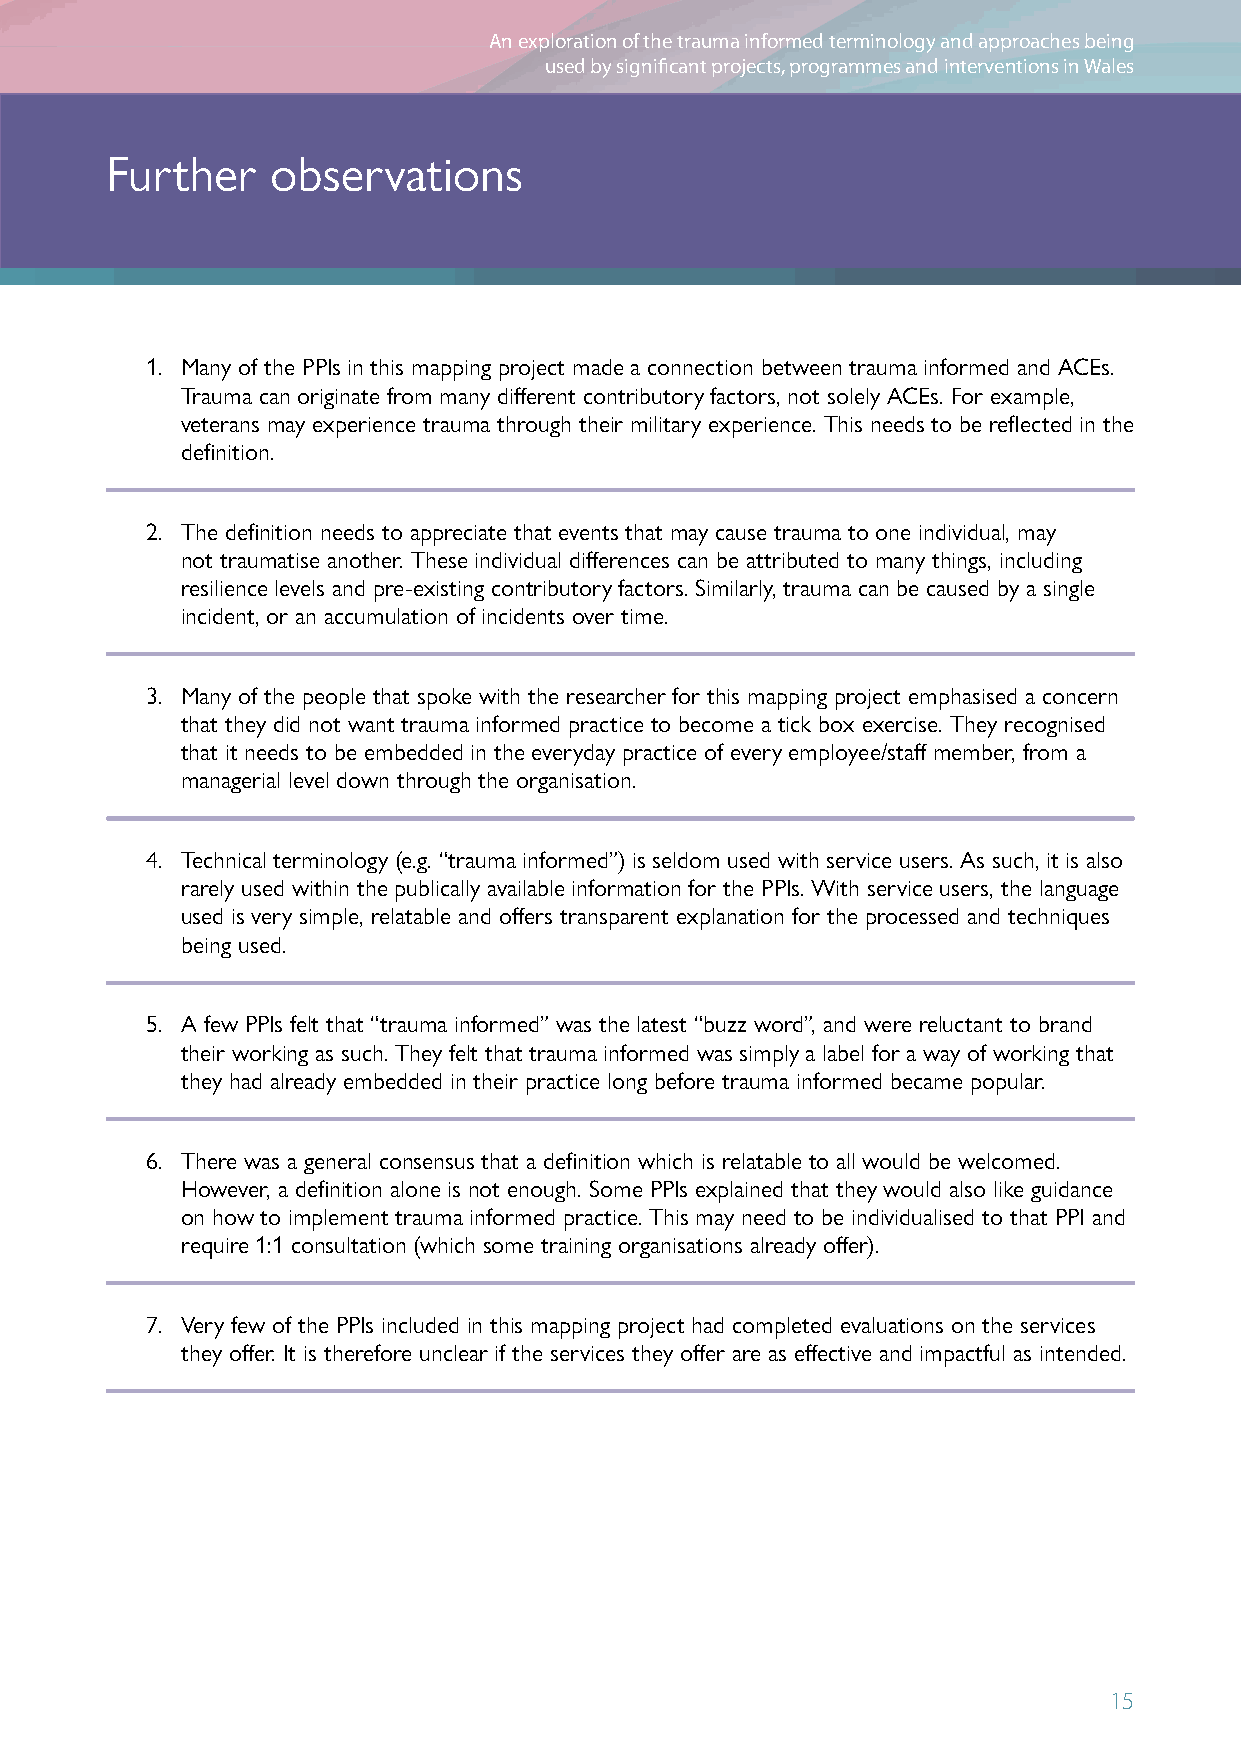
An exploration of the trauma informed terminology and approaches being
 Uncharted Territory Review
 used by significant projects, programmes and interventions in Wales
 Further    observations
 1. M any of the PPIs in this mapping project made a connection between trauma informed and ACEs.
 Trauma can originate from many different contributory factors, not solely ACEs. For example,
 veterans may experience trauma through their military experience. This needs to be reflected in the
 definition.
 2. T he definition needs to appreciate that events that may cause trauma to one individual, may
 not traumatise another. These individual differences can be attributed to many things, including
 resilience levels and pre-existing contributory factors. Similarly, trauma can be caused by a single
 incident, or an accumulation of incidents over time.
 3. M any of the people that spoke with the researcher for this mapping project emphasised a concern
 that they did not want trauma informed practice to become a tick box exercise. They recognised
 that it needs to be embedded in the everyday practice of every employee/staff member, from a
 managerial level down through the organisation.
 4. T echnical terminology (e.g. “trauma informed”) is seldom used with service users. As such, it is also
 rarely used within the publically available information for the PPIs. With service users, the language
 used is very simple, relatable and offers transparent explanation for the processed and techniques
 being used.
 5. A few PPIs felt that “trauma informed” was the latest “buzz word”, and were reluctant to brand
 their working as such. They felt that trauma informed was simply a label for a way of working that
 they had already embedded in their practice long before trauma informed became popular.
 6. T here was a general consensus that a definition which is relatable to all would be welcomed.
 However, a definition alone is not enough. Some PPIs explained that they would also like guidance
 on how to implement trauma informed practice. This may need to be individualised to that PPI and
 require 1:1 consultation (which some training organisations already offer).
 7. V ery few of the PPIs included in this mapping project had completed evaluations on the services
 they offer. It is therefore unclear if the services they offer are as effective and impactful as intended.
 15